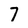
Character: 7